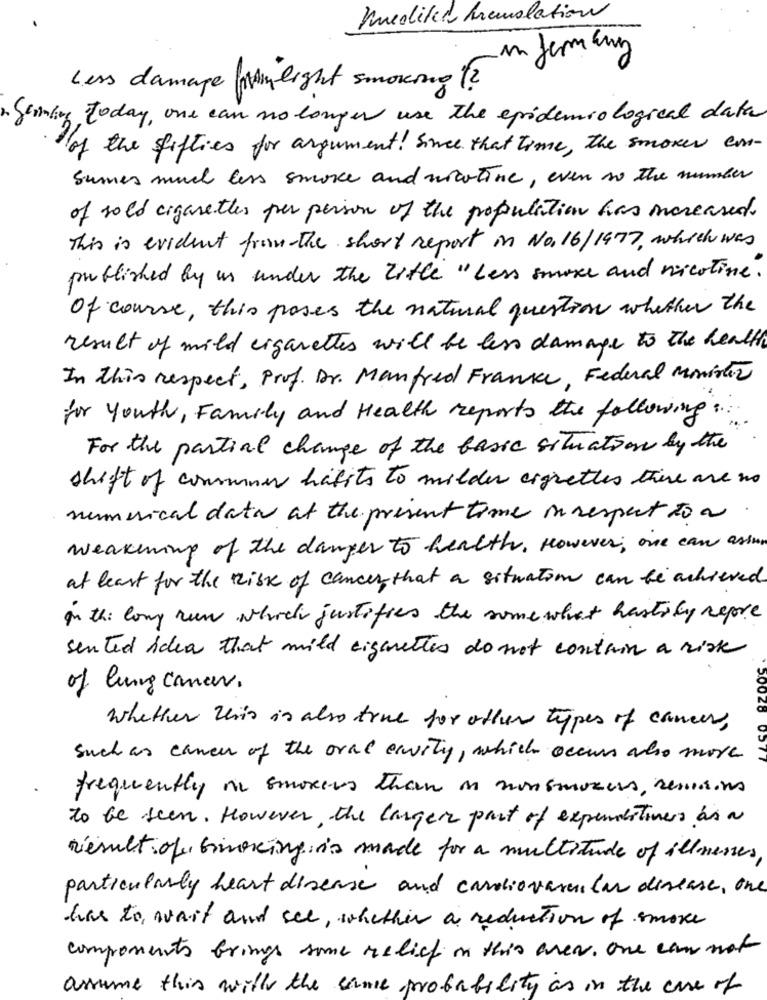
Unedited hemolation
in germany
Less damage thanlight smoking (2
Somany today, one can no longer use the epidemiological data
of the fifties for argument! Since that time, the smoker con-
Sumes much less smoke and nicotine, even so the number
of sold cigarettes per person of the population has increased.
This is evident from the short report in No. 16/1977, which was
published by us under the Title " Less smoke and nicotine.
Of course, this pases the natural question whether the
result of mild cigarettes will be less damage to the health
In this respect, Prof. Dr. Manfred France, Federal Movistar
for Youth , Family and Health reports the following :
For the partial change of the basic situation by the
shift of communs hafits to milder cigrettes there are no
numerical data at the present time in respect to a.
weakening of the danger to health , However , one can arian
at least for the Risk of cancer that a situation can be achieved.
on the long run which justifies the some what hastily repre
sented idea that mild eigenettes do not contain a risk
of lung cancer.
5.0028
whether this is also true for other types of cancer,
Such as cancer of the oral cavity, which occurs also more
frequently in smokers than in nonsmokers, remains
to be seen. However , the larger part of expendestivers bis a
result of binning is made for a multitude of illnesses,
particularly heart disease and cardiovascular disease, one
has to wait and see, whether a reduction of smoke
components Grings some relief on this area. one can not
assume this with the same probability as in the case of